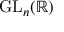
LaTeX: \mathrm { G L } _ { n } ( \mathbb { R } )